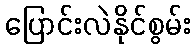
ပြောင်းလဲနိုင်စွမ်း